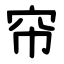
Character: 帘